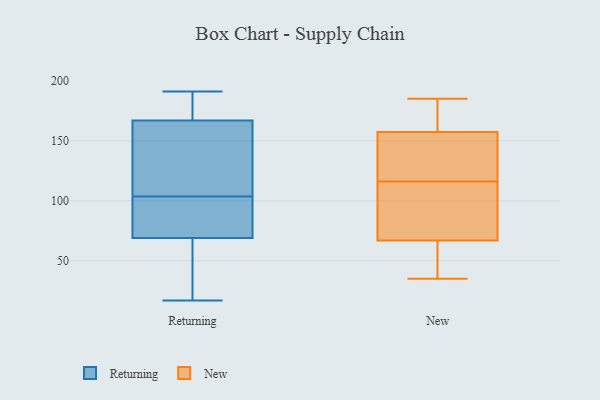
{"axis": {"x": "Headcount", "y": "Value"}, "legend": ["New", "Returning"], "data": [{"x": "", "y": 147, "type": "Returning"}, {"x": "", "y": 169, "type": "Returning"}, {"x": "", "y": 125, "type": "Returning"}, {"x": "", "y": 17, "type": "Returning"}, {"x": "", "y": 69, "type": "Returning"}, {"x": "", "y": 167, "type": "Returning"}, {"x": "", "y": 56, "type": "Returning"}, {"x": "", "y": 75, "type": "Returning"}, {"x": "", "y": 191, "type": "Returning"}, {"x": "", "y": 82, "type": "Returning"}, {"x": "", "y": 185, "type": "New"}, {"x": "", "y": 173, "type": "New"}, {"x": "", "y": 35, "type": "New"}, {"x": "", "y": 69, "type": "New"}, {"x": "", "y": 69, "type": "New"}, {"x": "", "y": 152, "type": "New"}, {"x": "", "y": 181, "type": "New"}, {"x": "", "y": 61, "type": "New"}, {"x": "", "y": 57, "type": "New"}, {"x": "", "y": 116, "type": "New"}, {"x": "", "y": 86, "type": "New"}, {"x": "", "y": 136, "type": "New"}, {"x": "", "y": 128, "type": "New"}]}